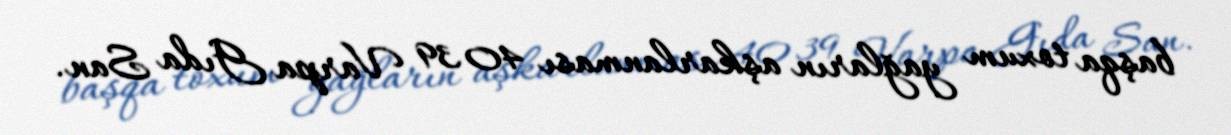
başqa toxum yağların aşkarlanması 40 39 Varpa Gıda San.